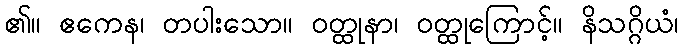
၏။ ဧကေန၊ တပါးသော။ ဝတ္ထုနာ၊ ဝတ္ထုကြောင့်။ နိသဂ္ဂိယံ၊